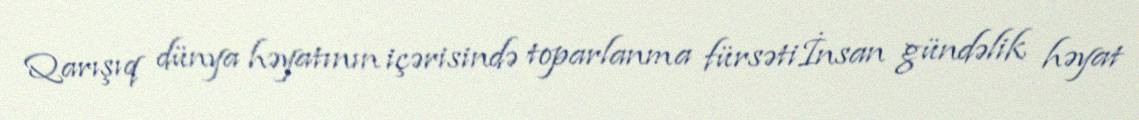
Qarışıq dünya həyatının içərisində toparlanma fürsətiİnsan gündəlik həyat